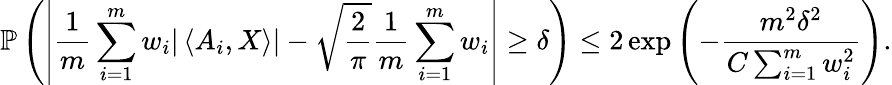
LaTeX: \mathbb{P}\left(\left|\frac{1}{m}\sum_{i=1}^{m}w_{i}|\left\langle A_{i},X\right\rangle|-\sqrt{\frac{2}{\pi}}\frac{1}{m}\sum_{i=1}^{m}w_{i}\right|\geq\delta\right)\leq 2\exp\left({-\frac{m^{2}\delta^{2}}{C\sum_{i=1}^{m}w_{i}^{2}}}\right).